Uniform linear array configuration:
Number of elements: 12
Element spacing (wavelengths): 0.5
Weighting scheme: blackman
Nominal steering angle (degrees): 30
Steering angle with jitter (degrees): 31.291
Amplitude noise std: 0.05
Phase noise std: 0.05

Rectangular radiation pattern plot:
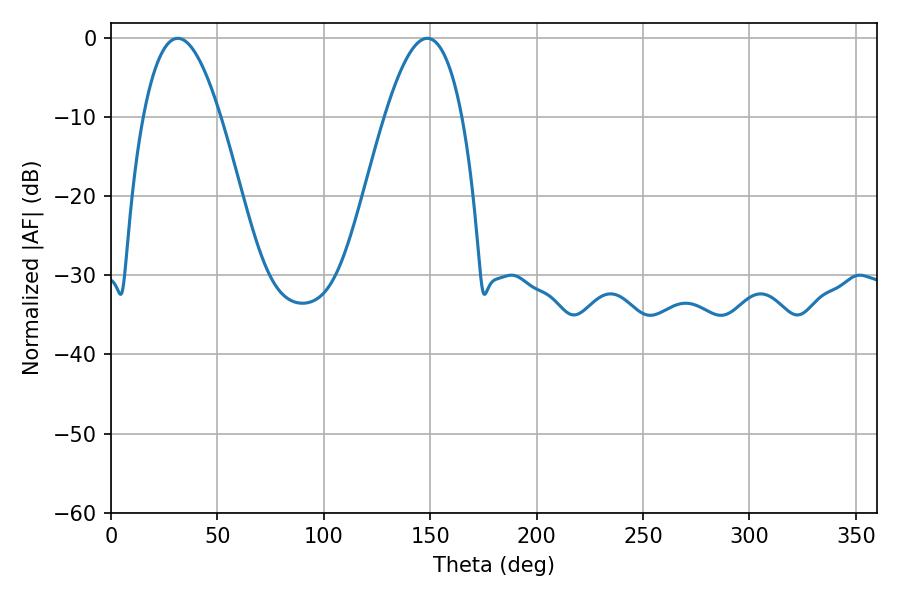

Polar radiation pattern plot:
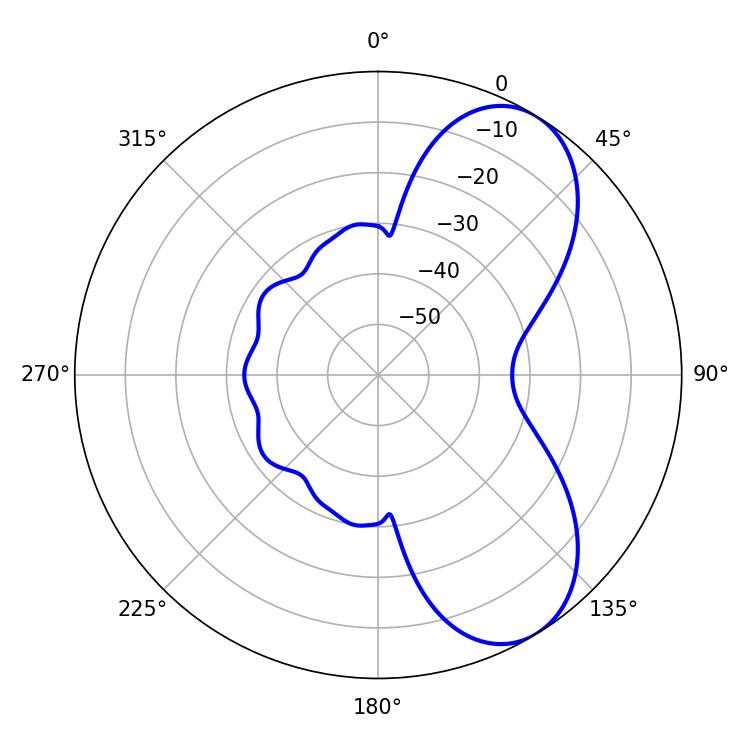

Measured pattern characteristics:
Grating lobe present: FALSE
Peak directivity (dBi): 7.004
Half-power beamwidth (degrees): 19.98
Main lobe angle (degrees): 31.32